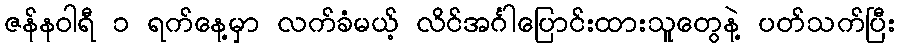
ဇန်နဝါရီ ၁ ရက်နေ့မှာ လက်ခံမယ့် လိင်အင်္ဂါပြောင်းထားသူတွေနဲ့ ပတ်သက်ပြီး